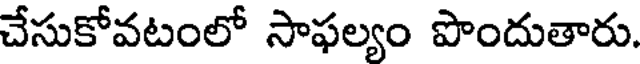
చేసుకోవటంలో సాఫల్యం పొందుతారు.